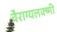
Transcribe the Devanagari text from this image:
वैराग्यलक्ष्मी